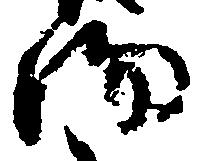
約